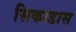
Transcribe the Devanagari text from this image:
सिकाडास